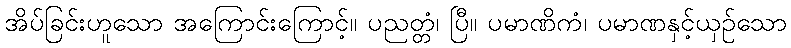
အိပ်ခြင်းဟူသော အကြောင်းကြောင့်။ ပညတ္တံ၊ ပြီ။ ပမာဏိကံ၊ ပမာဏနှင့်ယှဉ်သော